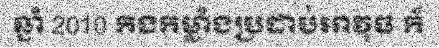
ឆ្នាំ 2010 កងកម្លាំងប្រដាប់អាវុធ ក៏